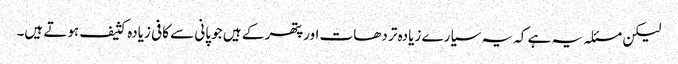
لیکن مسئلہ یہ ہے کہ یہ سیارے زیادہ تر دھات اور پتھر کے ہیں جو پانی سے کافی زیادہ کثیف ہوتے ہیں۔